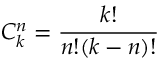
C _ { k } ^ { n } = \frac { k ! } { n ! ( k - n ) ! }